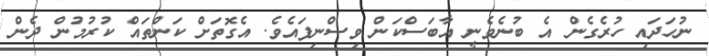
ނުހަދައި ހުރެގެން އެ ބުނެވެނީ އާބަސްކަން ވިސްނިފައެވެ. އެގޮތަށް ކަންތައް ކުރުމުން ދެން